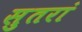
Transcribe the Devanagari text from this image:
सुतरां